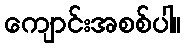
ကျောင်းအစစ်ပါ။